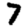
Digit: 7